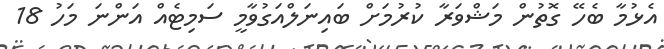
އެޅުމާ ބެހޭ ގޮތުން މަޝްވަރާ ކުރުމަށް ބައިނަލްއަގުވާމީ ސަމިޓެއް އަންނަ މަހު 18